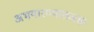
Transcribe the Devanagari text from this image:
अभयारण्यातजसा